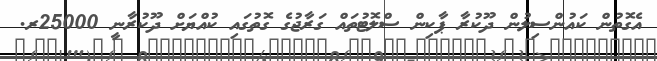
އެގޮތުން ކައުންސިލުން ދޫކުރާ ޕާކިން ސްލޮޓުތައް ގަރާޖުގެ ގޮތުގައި ކުއްޔަށް ދޫކުރާނީ 25000ރ.